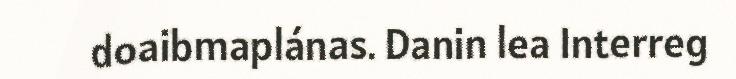
doaibmaplánas. Danin lea Interreg